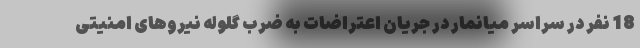
18 نفر در سراسر میانمار در جریان اعتراضات به ضرب گلوله نیروهای امنیتی